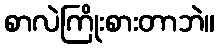
စာလဲကြိုးစားတာဘဲ။